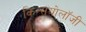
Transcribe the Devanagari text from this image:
किन्सयोलॉजी